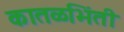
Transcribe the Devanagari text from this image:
कातळभिंती